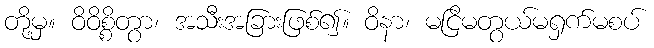
တို့မှ။ ဝိဝိစ္စိတွာ၊ အသီးအခြားဖြစ်၍။ ဝိနာ၊ မငြိမတွယ်မရှက်မစပ်